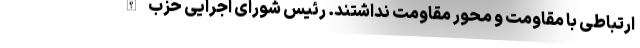
ارتباطی با مقاومت و محور مقاومت نداشتند. رئیس شورای اجرایی حزب الله